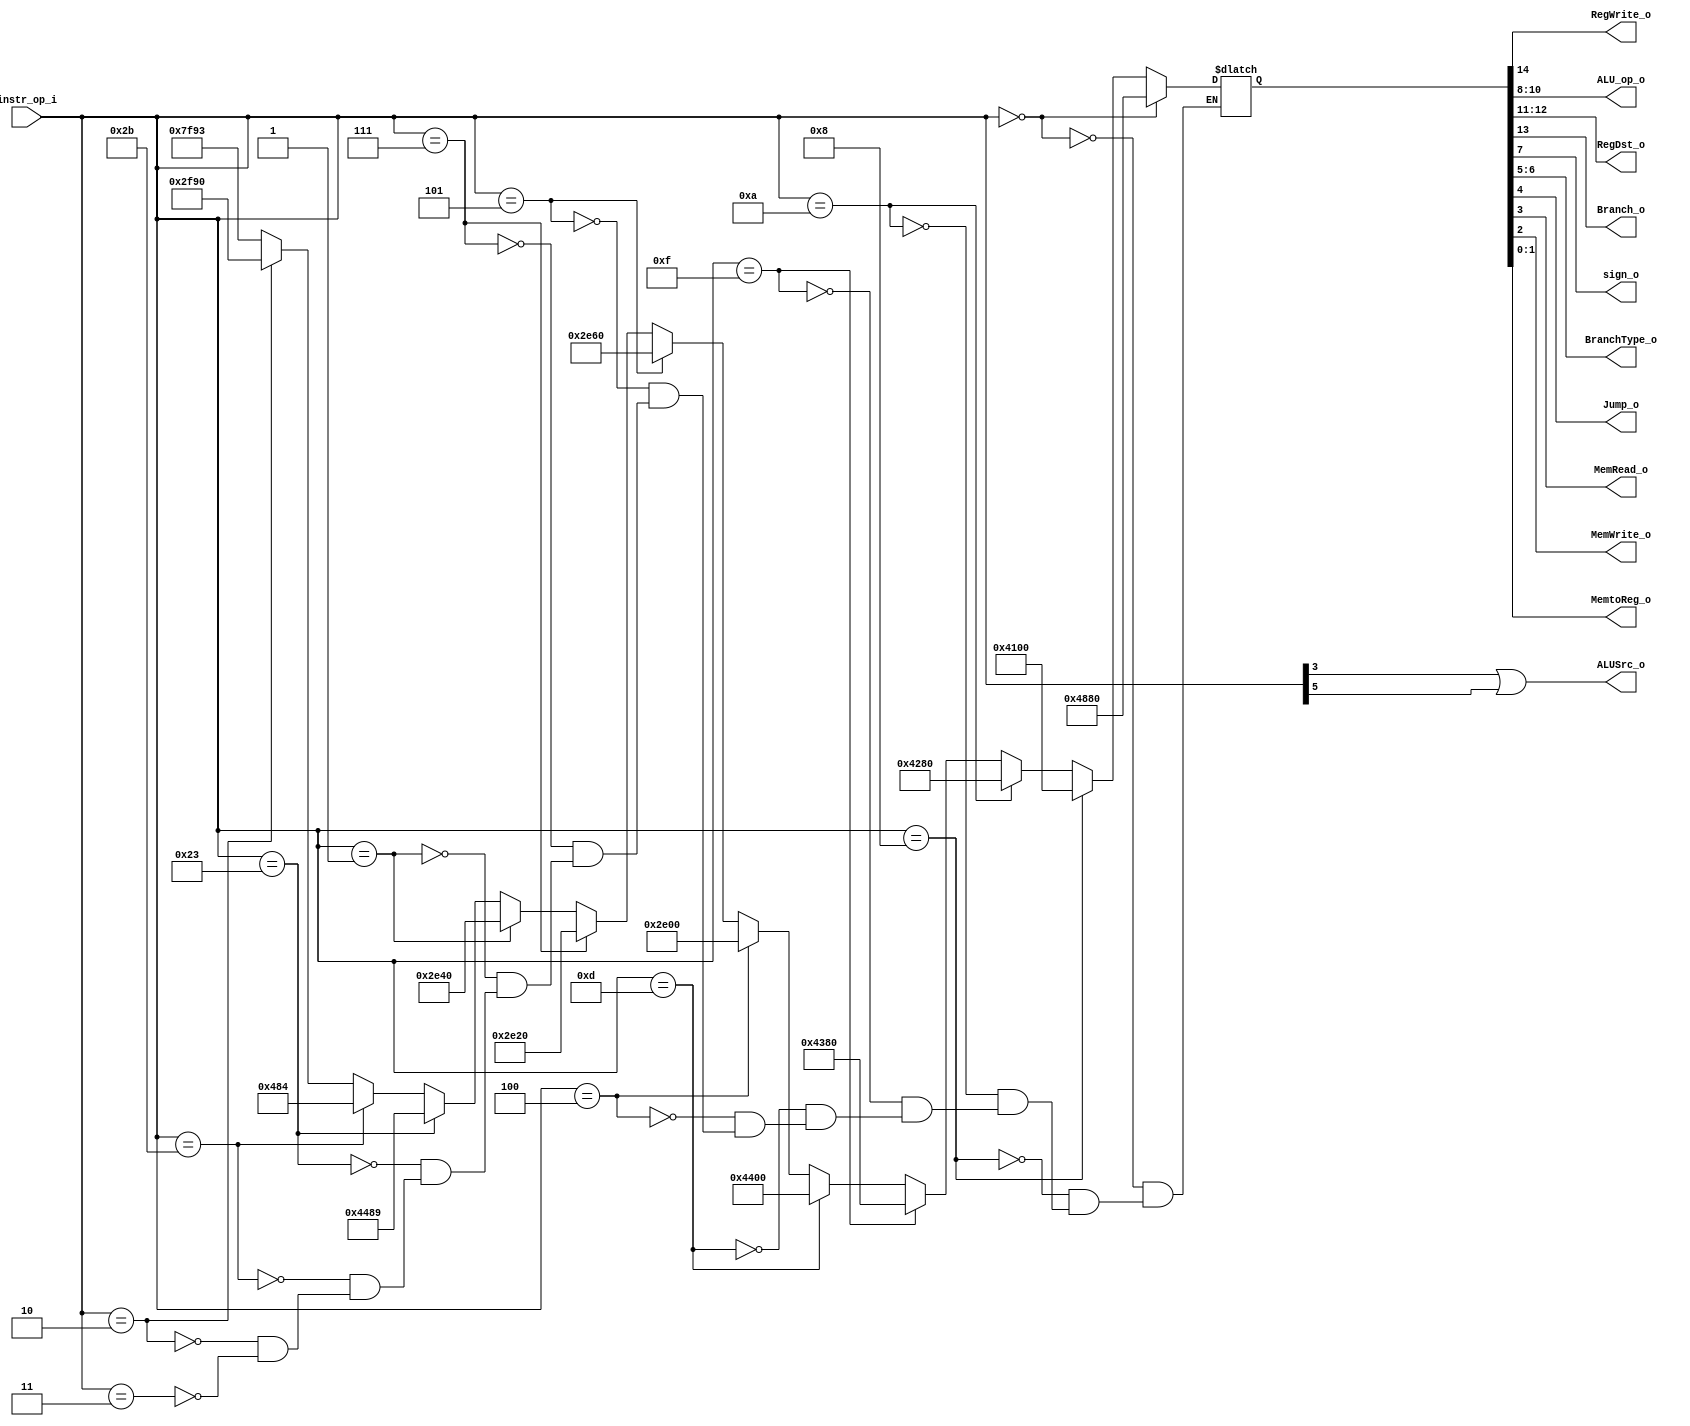
//Subject:     CO project 2 - Decoder
//--------------------------------------------------------------------------------
//Version:     1
//--------------------------------------------------------------------------------
//Writer:      
//----------------------------------------------
//Date:        
//----------------------------------------------
//Description: 
//--------------------------------------------------------------------------------

module Decoder(
    instr_op_i,
	RegWrite_o,
	ALU_op_o,
	ALUSrc_o,
	RegDst_o,
	Branch_o,
    sign_o,
    BranchType_o,
    Jump_o,
    MemRead_o,
    MemWrite_o,
    MemtoReg_o,
	);
     
//I/O ports
input  [6-1:0] instr_op_i;

output reg        RegWrite_o;
output reg[3-1:0] ALU_op_o;
output reg        ALUSrc_o;
output reg[2-1:0] RegDst_o;
output reg        Branch_o;
output reg		   sign_o;
output reg[2-1:0] BranchType_o;
output reg		   Jump_o;
output reg		   MemRead_o;
output reg		   MemWrite_o;
output reg[2-1:0] MemtoReg_o;
 
//Internal Signals

//Parameter
reg [14:0]case_result;
always @(*) begin
	{RegWrite_o,Branch_o,RegDst_o,ALU_op_o,sign_o,BranchType_o,Jump_o,MemRead_o,MemWrite_o,MemtoReg_o} <= case_result;
end
//Main function
always @(*) begin
	ALUSrc_o <= (instr_op_i[3]|instr_op_i[5]);

	if (instr_op_i == 0)case_result 	 <= 15'b10_01_000_1_00_000_00;	// R-type; 	000000

	else if(instr_op_i == 8)case_result  <= 15'b10_00_001_0_00_000_00;  // ADDi; 	001000
		
	else if(instr_op_i == 10)case_result <= 15'b10_00_010_1_00_000_00;  // SLTI; 	001010
		
	else if(instr_op_i == 15)case_result <= 15'b10_00_011_1_00_000_00;  // LUI; 	001111
		
	else if(instr_op_i == 13)case_result <= 15'b10_00_100_0_00_000_00; 	// ORI; 	001101

	/*----- branch type -----*/	
	else if(instr_op_i == 4)case_result  <= 15'b01_01_110_0_00_000_00; 	// BEQ; 	000100
		
	else if(instr_op_i == 5)case_result  <= 15'b01_01_110_0_11_000_00; 	// BNE; 	000101

	else if(instr_op_i == 7)case_result  <= 15'b01_01_110_0_01_000_00; 	// BGT;  	000111

	else if(instr_op_i == 1)case_result  <= 15'b01_01_110_0_10_000_00; 	// BGEZ; 	000001

	/*----- data memory access-----*/	
	else if(instr_op_i == 35)case_result <= 15'b10_00_100_1_00_010_01; 	// lw; 		100011
		
	else if(instr_op_i == 43)case_result <= 15'b00_00_100_1_00_001_00; 	// sw; 		101011

	/*----- Jump type -----*/	
	else if(instr_op_i == 2)case_result  <= 15'b01_01_111_1_00_100_00; 	// jump; 	000010

	else if(instr_op_i == 3)case_result  <= 15'b11_11_111_1_00_100_11; 	// JAL:  	000011
	
																		// JR:		

end

endmodule